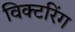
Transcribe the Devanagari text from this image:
विक्टरिंग